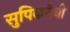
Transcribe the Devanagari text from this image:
सुपिकतेची